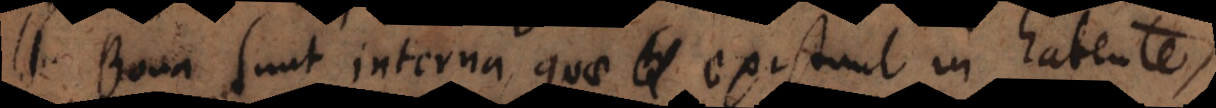
habente sunt interna, quae existunt in habente,